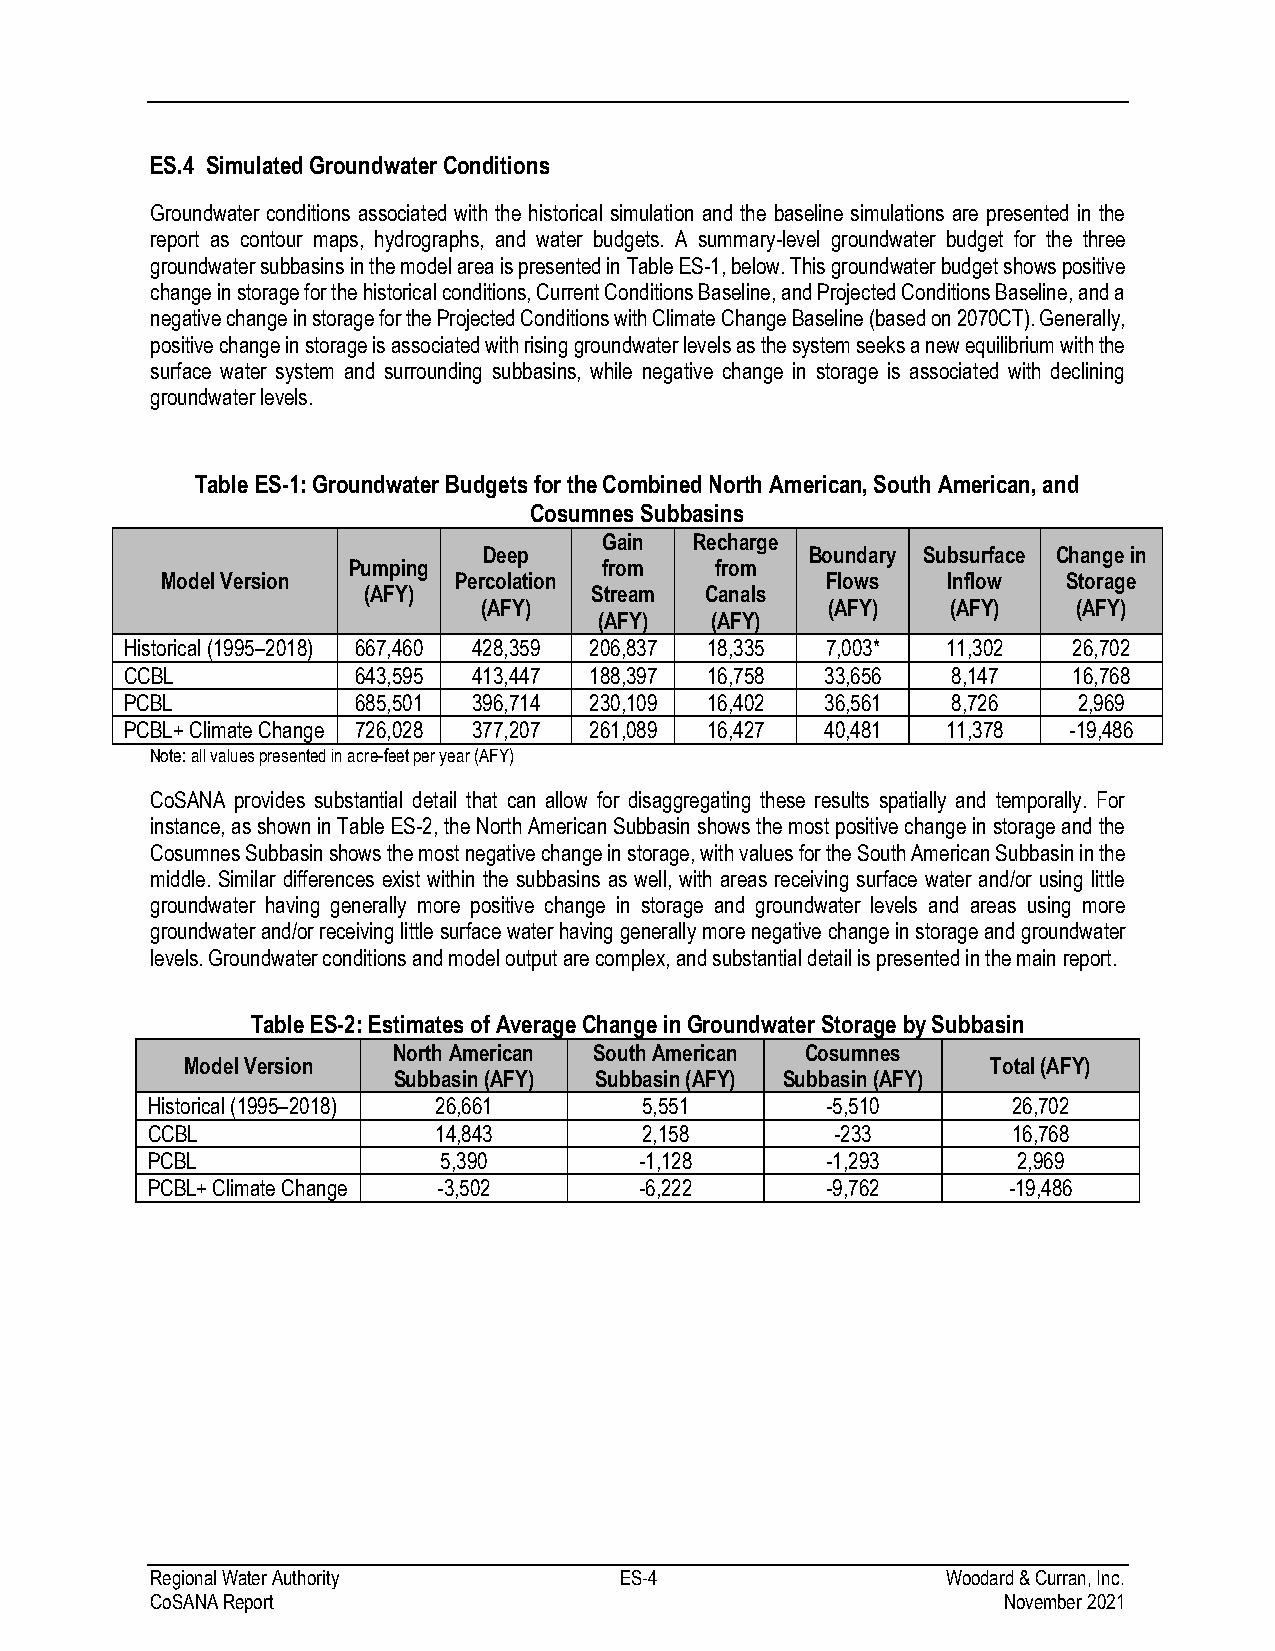
ES.4 Simulated Groundwater Conditions
 Groundwater conditions associated with the historical simulation and the baseline simulations are presented in the
 report as contour maps, hydrographs, and water budgets. A summary-level groundwater budget for the three
 groundwater subbasins in the model area is presented in Table ES-1, below. This groundwater budget shows positive
 change in storage for the historical conditions, Current Conditions Baseline, and Projected Conditions Baseline, and a
 negative change in storage for the Projected Conditions with Climate Change Baseline (based on 2070CT). Generally,
 positive change in storage is associated with rising groundwater levels as the system seeks a new equilibrium with the
 surface water system and surrounding subbasins, while negative change in storage is associated with declining
 groundwater levels.
 Table ES-1: Groundwater Budgets for the Combined North American, South American, and
 Cosumnes Subbasins
 Gain  Recharge
 Deep                  Boundary Subsurface Change in
 Pumping          from   from
 Model Version      Percolation              Flows   Inflow  Storage
 (AFY)          Stream  Canals
 (AFY)                  (AFY)   (AFY)   (AFY)
 (AFY)  (AFY)
 Historical (1995–2018) 667,460 428,359 206,837 18,335 7,003* 11,302 26,702
 CCBL           643,595 413,447 188,397 16,758  33,656  8,147   16,768
 PCBL           685,501 396,714 230,109 16,402  36,561  8,726   2,969
 PCBL+ Climate Change 726,028 377,207 261,089 16,427 40,481 11,378 -19,486
 Note: all values presented in acre-feet per year (AFY)
 CoSANA provides substantial detail that can allow for disaggregating these results spatially and temporally. For
 instance, as shown in Table ES-2, the North American Subbasin shows the most positive change in storage and the
 Cosumnes Subbasin shows the most negative change in storage, with values for the South American Subbasin in the
 middle. Similar differences exist within the subbasins as well, with areas receiving surface water and/or using little
 groundwater having generally more positive change in storage and groundwater levels and areas using more
 groundwater and/or receiving little surface water having generally more negative change in storage and groundwater
 levels. Groundwater conditions and model output are complex, and substantial detail is presented in the main report.
 Table ES-2: Estimates of Average Change in Groundwater Storage by Subbasin
 North American South American Cosumnes
 Model Version                                         Total (AFY)
 Subbasin (AFY) Subbasin (AFY) Subbasin (AFY)
 Historical (1995–2018) 26,661   5,551        -5,510      26,702
 CCBL               14,843       2,158        -233        16,768
 PCBL               5,390        -1,128       -1,293      2,969
 PCBL+ Climate Change -3,502     -6,222       -9,762      -19,486
 Regional Water Authority       ES-4                  Woodard & Curran, Inc.
 CoSANA Report                                           November 2021